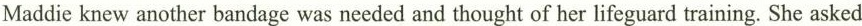
Maddie knew another bandage was needed and thought of her lifeguard training. She asked